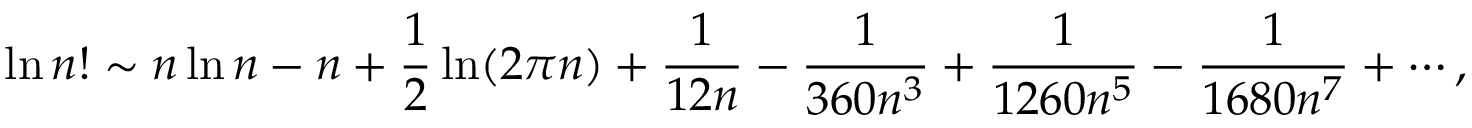
\ln n ! \sim n \ln n - n + { \frac { 1 } { 2 } } \ln ( 2 \pi n ) + { \frac { 1 } { 1 2 n } } - { \frac { 1 } { 3 6 0 n ^ { 3 } } } + { \frac { 1 } { 1 2 6 0 n ^ { 5 } } } - { \frac { 1 } { 1 6 8 0 n ^ { 7 } } } + \cdots ,